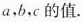
a，b，c的值.